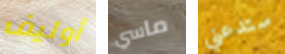
أوليف ماسي ستدعني